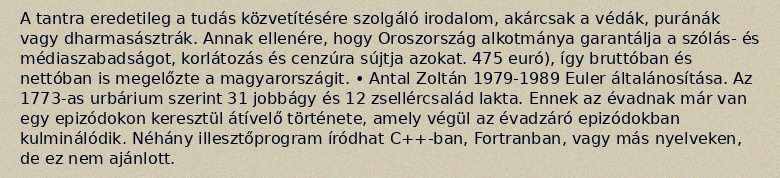
A tantra eredetileg a tudás közvetítésére szolgáló irodalom, akárcsak a védák, puránák vagy dharmasásztrák. Annak ellenére, hogy Oroszország alkotmánya garantálja a szólás- és médiaszabadságot, korlátozás és cenzúra sújtja azokat. 475 euró), így bruttóban és nettóban is megelőzte a magyarországit. • Antal Zoltán 1979-1989 Euler általánosítása. Az 1773-as urbárium szerint 31 jobbágy és 12 zsellércsalád lakta. Ennek az évadnak már van egy epizódokon keresztül átívelő története, amely végül az évadzáró epizódokban kulminálódik. Néhány illesztőprogram íródhat C++-ban, Fortranban, vagy más nyelveken, de ez nem ajánlott.